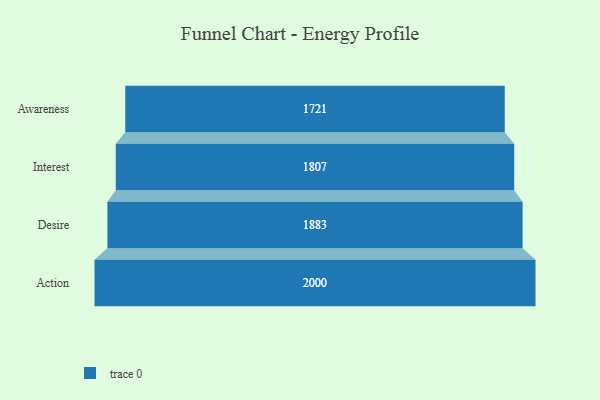
{"axis": {"x": "Stage", "y": "Value"}, "legend": [""], "data": [{"x": "Awareness", "y": 1721.0, "type": ""}, {"x": "Interest", "y": 1807.0, "type": ""}, {"x": "Desire", "y": 1883.0, "type": ""}, {"x": "Action", "y": 2000, "type": ""}]}